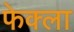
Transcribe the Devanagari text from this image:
फेक्ला